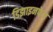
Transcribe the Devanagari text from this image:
डिझाइनफेज